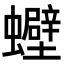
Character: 𧕀